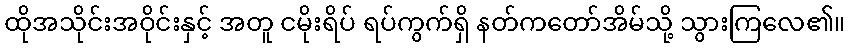
ထိုအသိုင်းအဝိုင်းနှင့် အတူ ငမိုးရိပ် ရပ်ကွက်ရှိ နတ်ကတော်အိမ်သို့ သွားကြလေ၏။